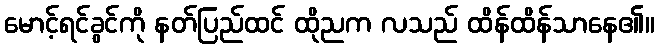
မောင့်ရင်ခွင်ကို နတ်ပြည်ထင် ထိုညက လသည် ထိန်ထိန်သာနေ၏။